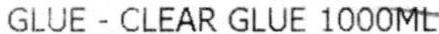
GLUE - CLEAR GLUE 1000ML